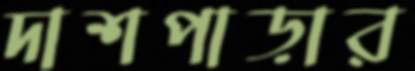
দাশপাড়ার